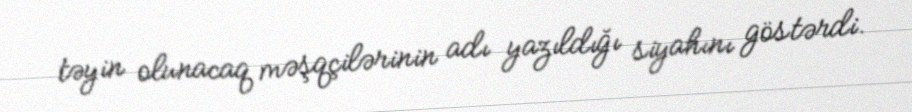
təyin olunacaq məşqçilərinin adı yazıldığı siyahını göstərdi.